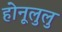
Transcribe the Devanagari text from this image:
होनूलुलु